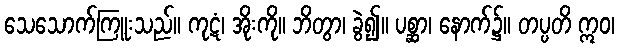
သေသောက်ကြူးသည်။ ကုဋံ၊ အိုးကို။ ဘိတွာ၊ ခွဲ၍။ ပစ္ဆာ၊ နောက်၌။ တပ္ပတိ ဣဝ၊